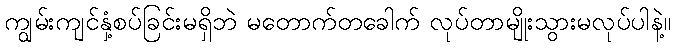
ကျွမ်းကျင်နှံ့စပ်ခြင်းမရှိဘဲ မတောက်တခေါက် လုပ်တာမျိုးသွားမလုပ်ပါနဲ့။